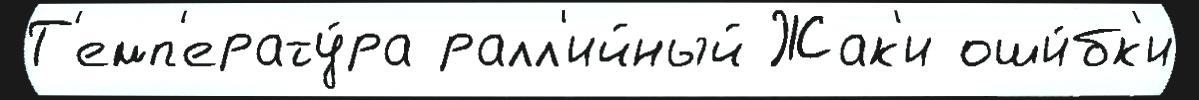
Т'емп'ерату́ра ралл'ийный Жак'и оши́бк'и